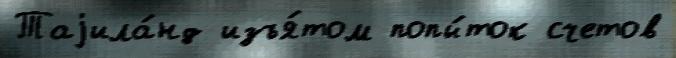
Таjила́нд изъя́том попы́ток счетов